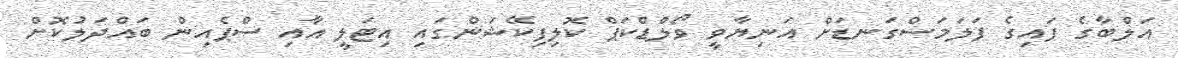
އަލްބާގެ ފައިގެ ފަލަމަސްގަނޑަށް އަނިޔާވީ ވޯލްޑްކަޕް ކޮލިފިކޭޝަންގައި އިޓަލީ އާއި ސްޕެއިން ބައްދަލުކޮށް